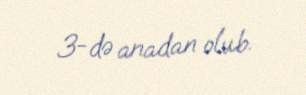
3-də anadan olub.